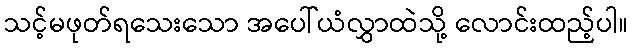
သင့်မဖုတ်ရသေးသော အပေါ်ယံလွှာထဲသို့ လောင်းထည့်ပါ။